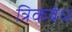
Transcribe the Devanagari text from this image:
त्रिकबंध